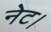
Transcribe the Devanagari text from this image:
नेट।